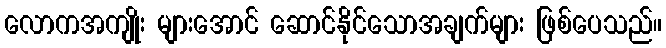
လောကအကျိုး များအောင် ဆောင်နိုင်သောအချက်များ ဖြစ်ပေသည်။